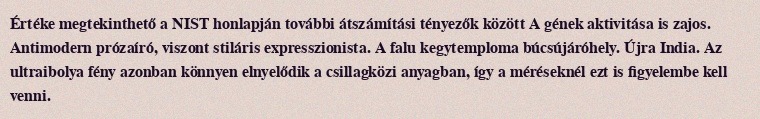
Értéke megtekinthető a NIST honlapján további átszámítási tényezők között A gének aktivitása is zajos. Antimodern prózaíró, viszont stiláris expresszionista. A falu kegytemploma búcsújáróhely. Újra India. Az ultraibolya fény azonban könnyen elnyelődik a csillagközi anyagban, így a méréseknél ezt is figyelembe kell venni.